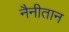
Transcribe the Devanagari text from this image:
नैनीतान